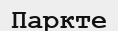
Паркте